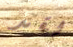
لقد